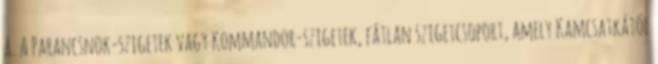
á. A Parancsnok-szigetek vagy Kommandor-szigetek, fátlan szigetcsoport, amely Kamcsatkától